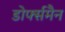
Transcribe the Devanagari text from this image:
डोर्फ्समैन